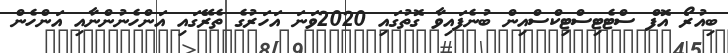
ބިއުރޯ އޮފް ސްޓެޓިސްޓިކްސްއިން ބުނެފައިވާ ގޮތުގައި 2020ވަނަ އަހަރުގެ ތެރޭގައި އަންހެނުންނާއި އަންހެން